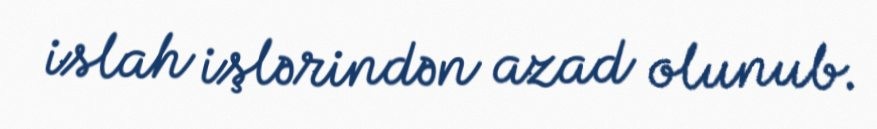
islah işlərindən azad olunub.